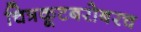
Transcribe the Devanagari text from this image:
चित्रकूटबरोबरच